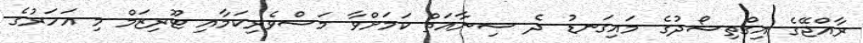
ރާއްޖޭގެ އިގްތިސޯދުގެ މައިގަނޑު ދެ ސިނާއަތް ކަމަށްވާ މަސްވެރިކަމާއި ޓޫރިޒަމް މި އަހަރުގެ